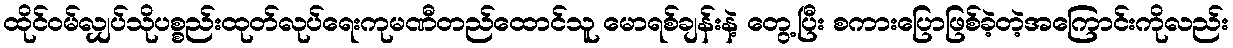
ထိုင်ဝမ်လျှပ်သိုပစ္စည်းထုတ်လုပ်ရေးကုမဏီတည်ထောင်သူ မောရစ်ချန်းနဲ့ တွေ့ပြီး စကားပြောဖြစ်ခဲ့တဲ့အကြောင်းကိုလည်း